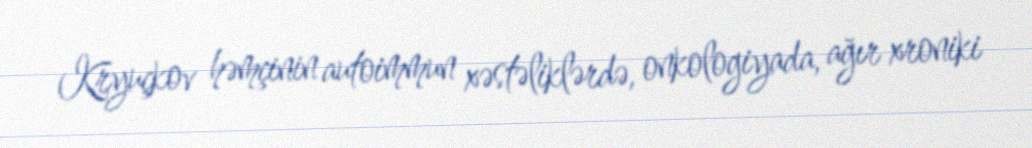
Kryuçkov həmçinin autoimmun xəstəliklərdə, onkologiyada, ağır xroniki